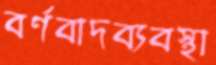
বর্ণবাদব্যবস্থা